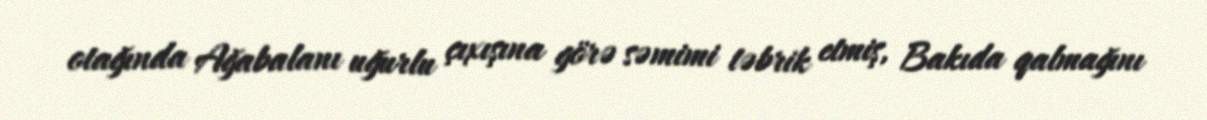
otağında Ağabalanı uğurlu çıxışına görə səmimi təbrik etmiş, Bakıda qalmağını